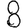
Digit: 8